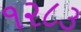
૧૨૮૩